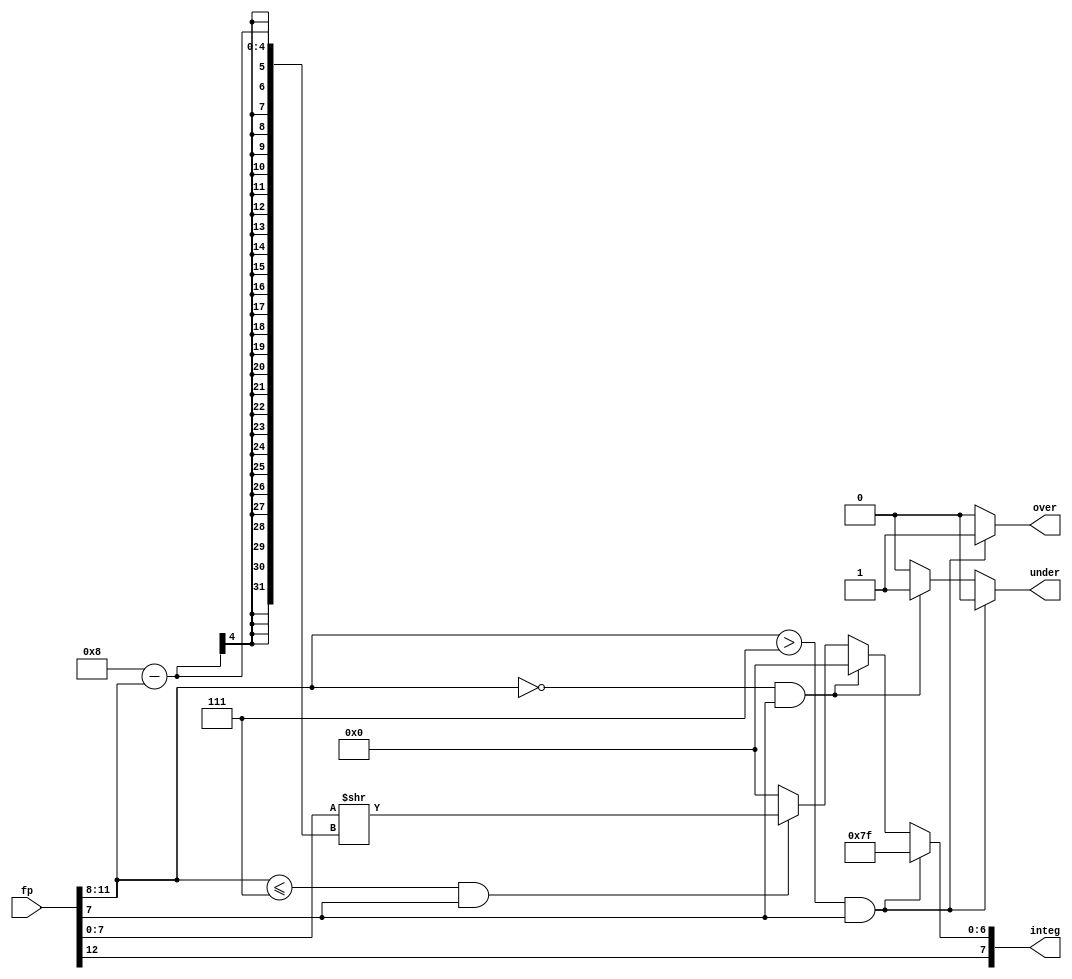
// This program was cloned from: https://github.com/AngeloJacobo/FPGA_Book_Experiments
// License: MIT License

`timescale 1ns / 1ps

module fp_to_int(
	input wire[12:0] fp,
	output reg[7:0] integ,
	output reg over,under
    );
	 reg[3:0] exp;
	 reg[7:0] frac;
	 always@(fp) begin
		 integ=8'b0;
		 over=1'b0;
		 under=1'b0;
		 frac=fp[7:0];
		 exp=fp[11:8];
		 
		 integ[7]=fp[12];   //sign bit of fp is same with int
		 
		 if(exp>7 && frac[7]) begin //overflow
			integ[6:0]=7'b111_1111;  
			over=1'b1;
		 end
		 else if(exp==0 && frac[7]) begin //underflow
			integ[6:0]=7'b000_0000;
			under=1'b1;
		 end
		 else if(exp<=7 && frac[7]) begin
			integ[6:0]=frac>>(8-exp);
		 end
	 end
	 
endmodule